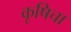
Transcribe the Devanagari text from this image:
कृषिचा